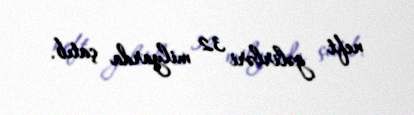
neft gəlirləri 32 milyarda çatıb.